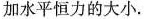
加水平恒力的大小.